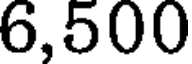
6,500